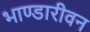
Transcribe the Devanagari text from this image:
भाण्डारीवन